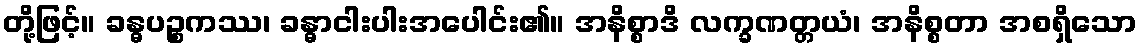
တို့ဖြင့်။ ခန္ဓပဉ္စကဿ၊ ခန္ဓာငါးပါးအပေါင်း၏။ အနိစ္စာဒိ လက္ခဏတ္တယံ၊ အနိစ္စတာ အစရှိသော